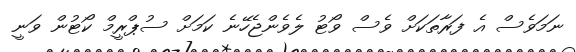
ނަމަވެސް އެ ފަރާތަކަށް ވެސް ވޯޓު ލެވެންޖެހޭނެ ކަމަށް ސުޕްރީމް ކޯޓުން ވަނީ